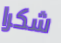
شكرا